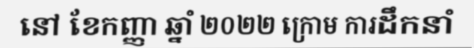
នៅ ខែកញ្ញា ឆ្នាំ ២០២២ ក្រោម ការដឹកនាំ